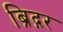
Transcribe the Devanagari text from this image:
ब्रिद्गर